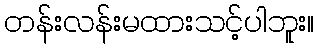
တန်းလန်းမထားသင့်ပါဘူး။